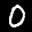
Label: 0